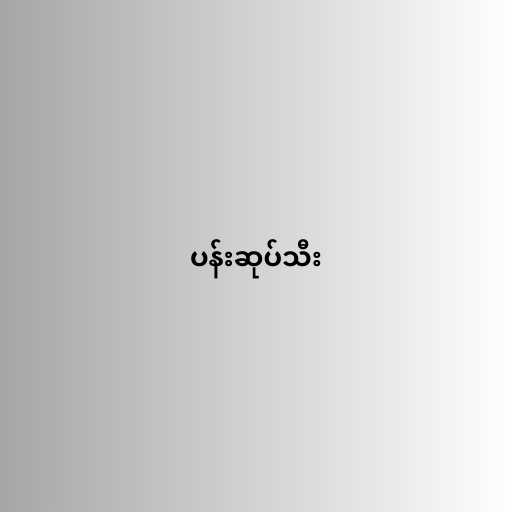
ပန်းဆုပ်သီး